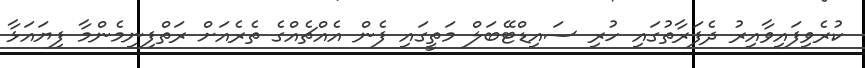
ކުރެވިފައިވާއިރު ދެފަރާތުގައި ހުރި ސައިޑްޓޭބަލް މަތީގައި ފެން އެއްޗެއްގެ ތެރެއަށް ރަތްފިނިމެންމާ ފިޔައަޅާ